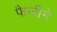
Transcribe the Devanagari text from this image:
फैजीने